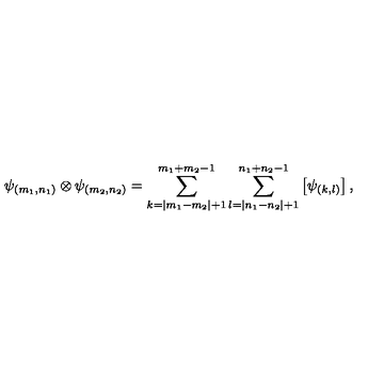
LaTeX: \psi _ { ( m _ { 1 } , n _ { 1 } ) } \otimes \psi _ { ( m _ { 2 } , n _ { 2 } ) } = \sum _ { k = | m _ { 1 } - m _ { 2 } | + 1 } ^ { m _ { 1 } + m _ { 2 } - 1 } \sum _ { l = | n _ { 1 } - n _ { 2 } | + 1 } ^ { n _ { 1 } + n _ { 2 } - 1 } \left[ \psi _ { ( k , l ) } \right] ,